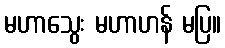
မဟာသွေး မဟာဟန် မပြ။